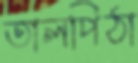
তালপিঠা